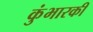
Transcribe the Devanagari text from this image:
कुंभारकी